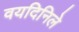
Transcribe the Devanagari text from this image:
वयदिनिले